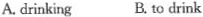
A.drinking B.to drink